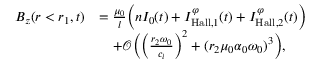
\begin{array} { r l } { B _ { z } ( r < r _ { 1 } , t ) } & { = \frac { \mu _ { 0 } } { l } \Big ( n I _ { 0 } ( t ) + I _ { \mathrm { H a l l } , 1 } ^ { \varphi } ( t ) + I _ { \mathrm { H a l l } , 2 } ^ { \varphi } ( t ) \Big ) } \\ & { \quad + \mathcal { O } \Big ( \Big ( \frac { r _ { 2 } \omega _ { 0 } } { c _ { i } } \Big ) ^ { 2 } + ( r _ { 2 } \mu _ { 0 } \alpha _ { 0 } \omega _ { 0 } ) ^ { 3 } \Big ) , } \end{array}